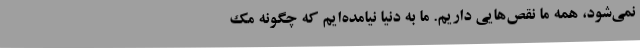
نمی‌شود، همه ما نقص‌هایی داریم. ما به دنیا نیامده‌ایم که چگونه مک